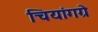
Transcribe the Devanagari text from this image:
चियांगग्रे